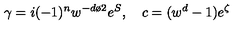
\gamma = i ( - 1 ) ^ { { n } } w ^ { - { { d } \o 2 } } e ^ { S } , \quad c = ( w ^ { d } - 1 ) e ^ { \zeta }